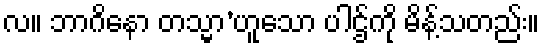
လ။ ဘာဂိနော တသ္မာ’ဟူသော ပါဌ်ကို မိန့်သတည်း။